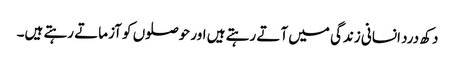
دکھ درد انسانی زندگی میں آتے رہتے ہیں اور حوصلوں کو آزماتے رہتے ہیں۔